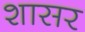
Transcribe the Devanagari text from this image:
शासर